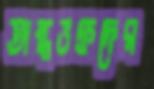
অন্ধভক্তদের